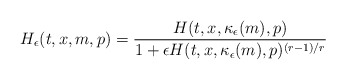
\begin{align*}H_\epsilon(t,x,m,p) = \frac{H(t,x,\kappa_\epsilon(m),p)}{1+\epsilon H(t,x,\kappa_\epsilon(m),p)^{(r-1)/r}}\end{align*}